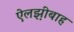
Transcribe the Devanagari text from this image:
ऐलझ़ीबाह